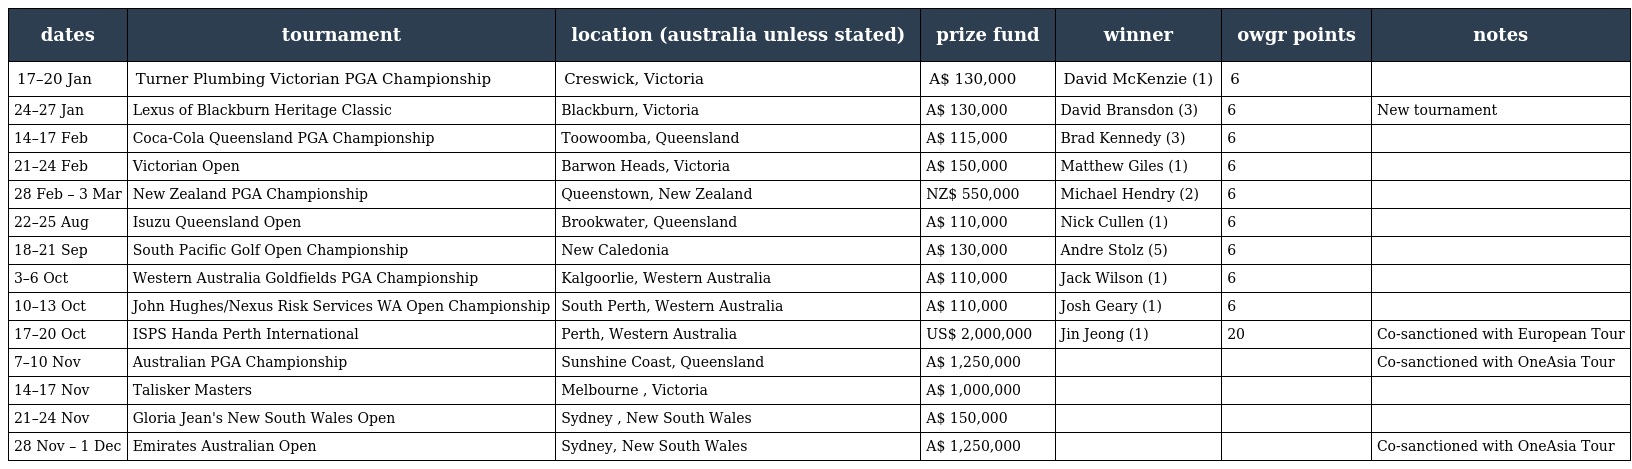
| dates | tournament | location (australia unless stated) | prize fund | winner | owgr points | notes |
 | --- | --- | --- | --- | --- | --- | --- |
 | 17–20 Jan | Turner Plumbing Victorian PGA Championship | Creswick, Victoria | A$ 130,000 | David McKenzie (1) | 6 |  |
 | 24–27 Jan | Lexus of Blackburn Heritage Classic | Blackburn, Victoria | A$ 130,000 | David Bransdon (3) | 6 | New tournament |
 | 14–17 Feb | Coca-Cola Queensland PGA Championship | Toowoomba, Queensland | A$ 115,000 | Brad Kennedy (3) | 6 |  |
 | 21–24 Feb | Victorian Open | Barwon Heads, Victoria | A$ 150,000 | Matthew Giles (1) | 6 |  |
 | 28 Feb – 3 Mar | New Zealand PGA Championship | Queenstown, New Zealand | NZ$ 550,000 | Michael Hendry (2) | 6 |  |
 | 22–25 Aug | Isuzu Queensland Open | Brookwater, Queensland | A$ 110,000 | Nick Cullen (1) | 6 |  |
 | 18–21 Sep | South Pacific Golf Open Championship | New Caledonia | A$ 130,000 | Andre Stolz (5) | 6 |  |
 | 3–6 Oct | Western Australia Goldfields PGA Championship | Kalgoorlie, Western Australia | A$ 110,000 | Jack Wilson (1) | 6 |  |
 | 10–13 Oct | John Hughes/Nexus Risk Services WA Open Championship | South Perth, Western Australia | A$ 110,000 | Josh Geary (1) | 6 |  |
 | 17–20 Oct | ISPS Handa Perth International | Perth, Western Australia | US$ 2,000,000 | Jin Jeong (1) | 20 | Co-sanctioned with European Tour |
 | 7–10 Nov | Australian PGA Championship | Sunshine Coast, Queensland | A$ 1,250,000 |  |  | Co-sanctioned with OneAsia Tour |
 | 14–17 Nov | Talisker Masters | Melbourne , Victoria | A$ 1,000,000 |  |  |  |
 | 21–24 Nov | Gloria Jean's New South Wales Open | Sydney , New South Wales | A$ 150,000 |  |  |  |
 | 28 Nov – 1 Dec | Emirates Australian Open | Sydney, New South Wales | A$ 1,250,000 |  |  | Co-sanctioned with OneAsia Tour |